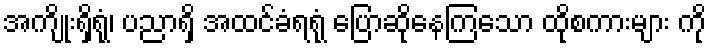
အကျိုးရှိရုံ၊ ပညာရှိ အထင်ခံရရုံ ပြောဆိုနေကြသော ထိုစကားများ ကို